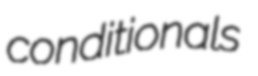
conditionals